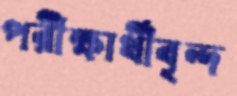
পরীক্ষার্থীবৃন্দ